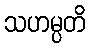
သဟမ္ပတိ